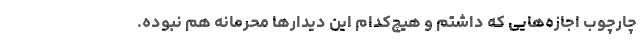
چارچوب اجازه‌هایی که داشتم و هیچ‌کدام این دیدارها محرمانه هم نبوده.